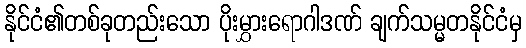
နိုင်ငံ၏တစ်ခုတည်းသော ပိုးမွှားရောဂါဒဏ် ချက်သမ္မတနိုင်ငံမှ